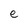
Character: e